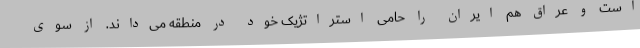
است و عراق هم ایران را حامی استراتژیک خود در منطقه می‌داند. از سوی